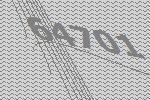
64701